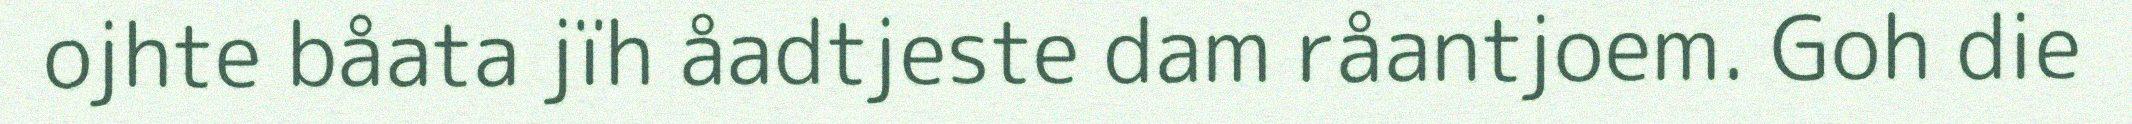
ojhte båata jïh åadtjeste dam råantjoem. Goh die